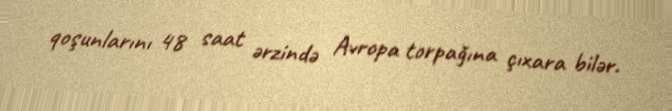
qoşunlarını 48 saat ərzində Avropa torpağına çıxara bilər.